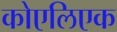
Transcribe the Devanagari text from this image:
कोएलिएक